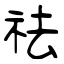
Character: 祛